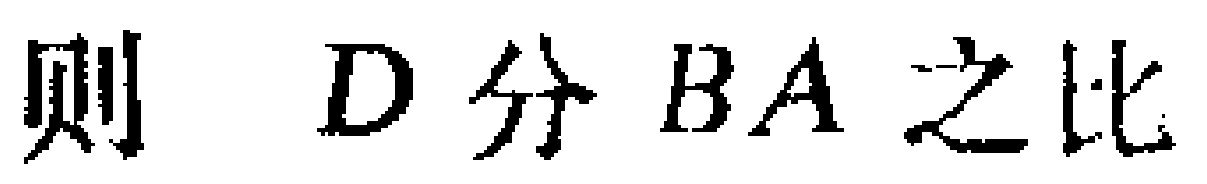
则 \(D\) 分 \(BA\) 之比